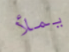
يملأ